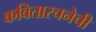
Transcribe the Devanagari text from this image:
कवितारचनेची